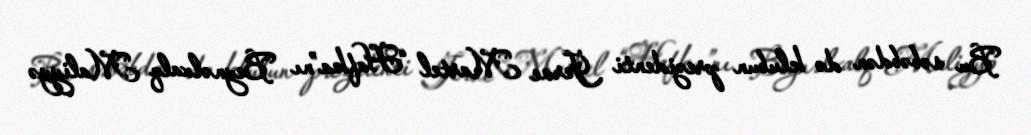
Bu səbəbdən də klubun prezidenti Jerve Martel “Hafka”nı Beynəlxalq Maliyyə